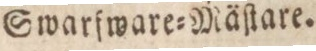
Swarfware=Mäſtare.